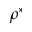
\rho ^ { * }